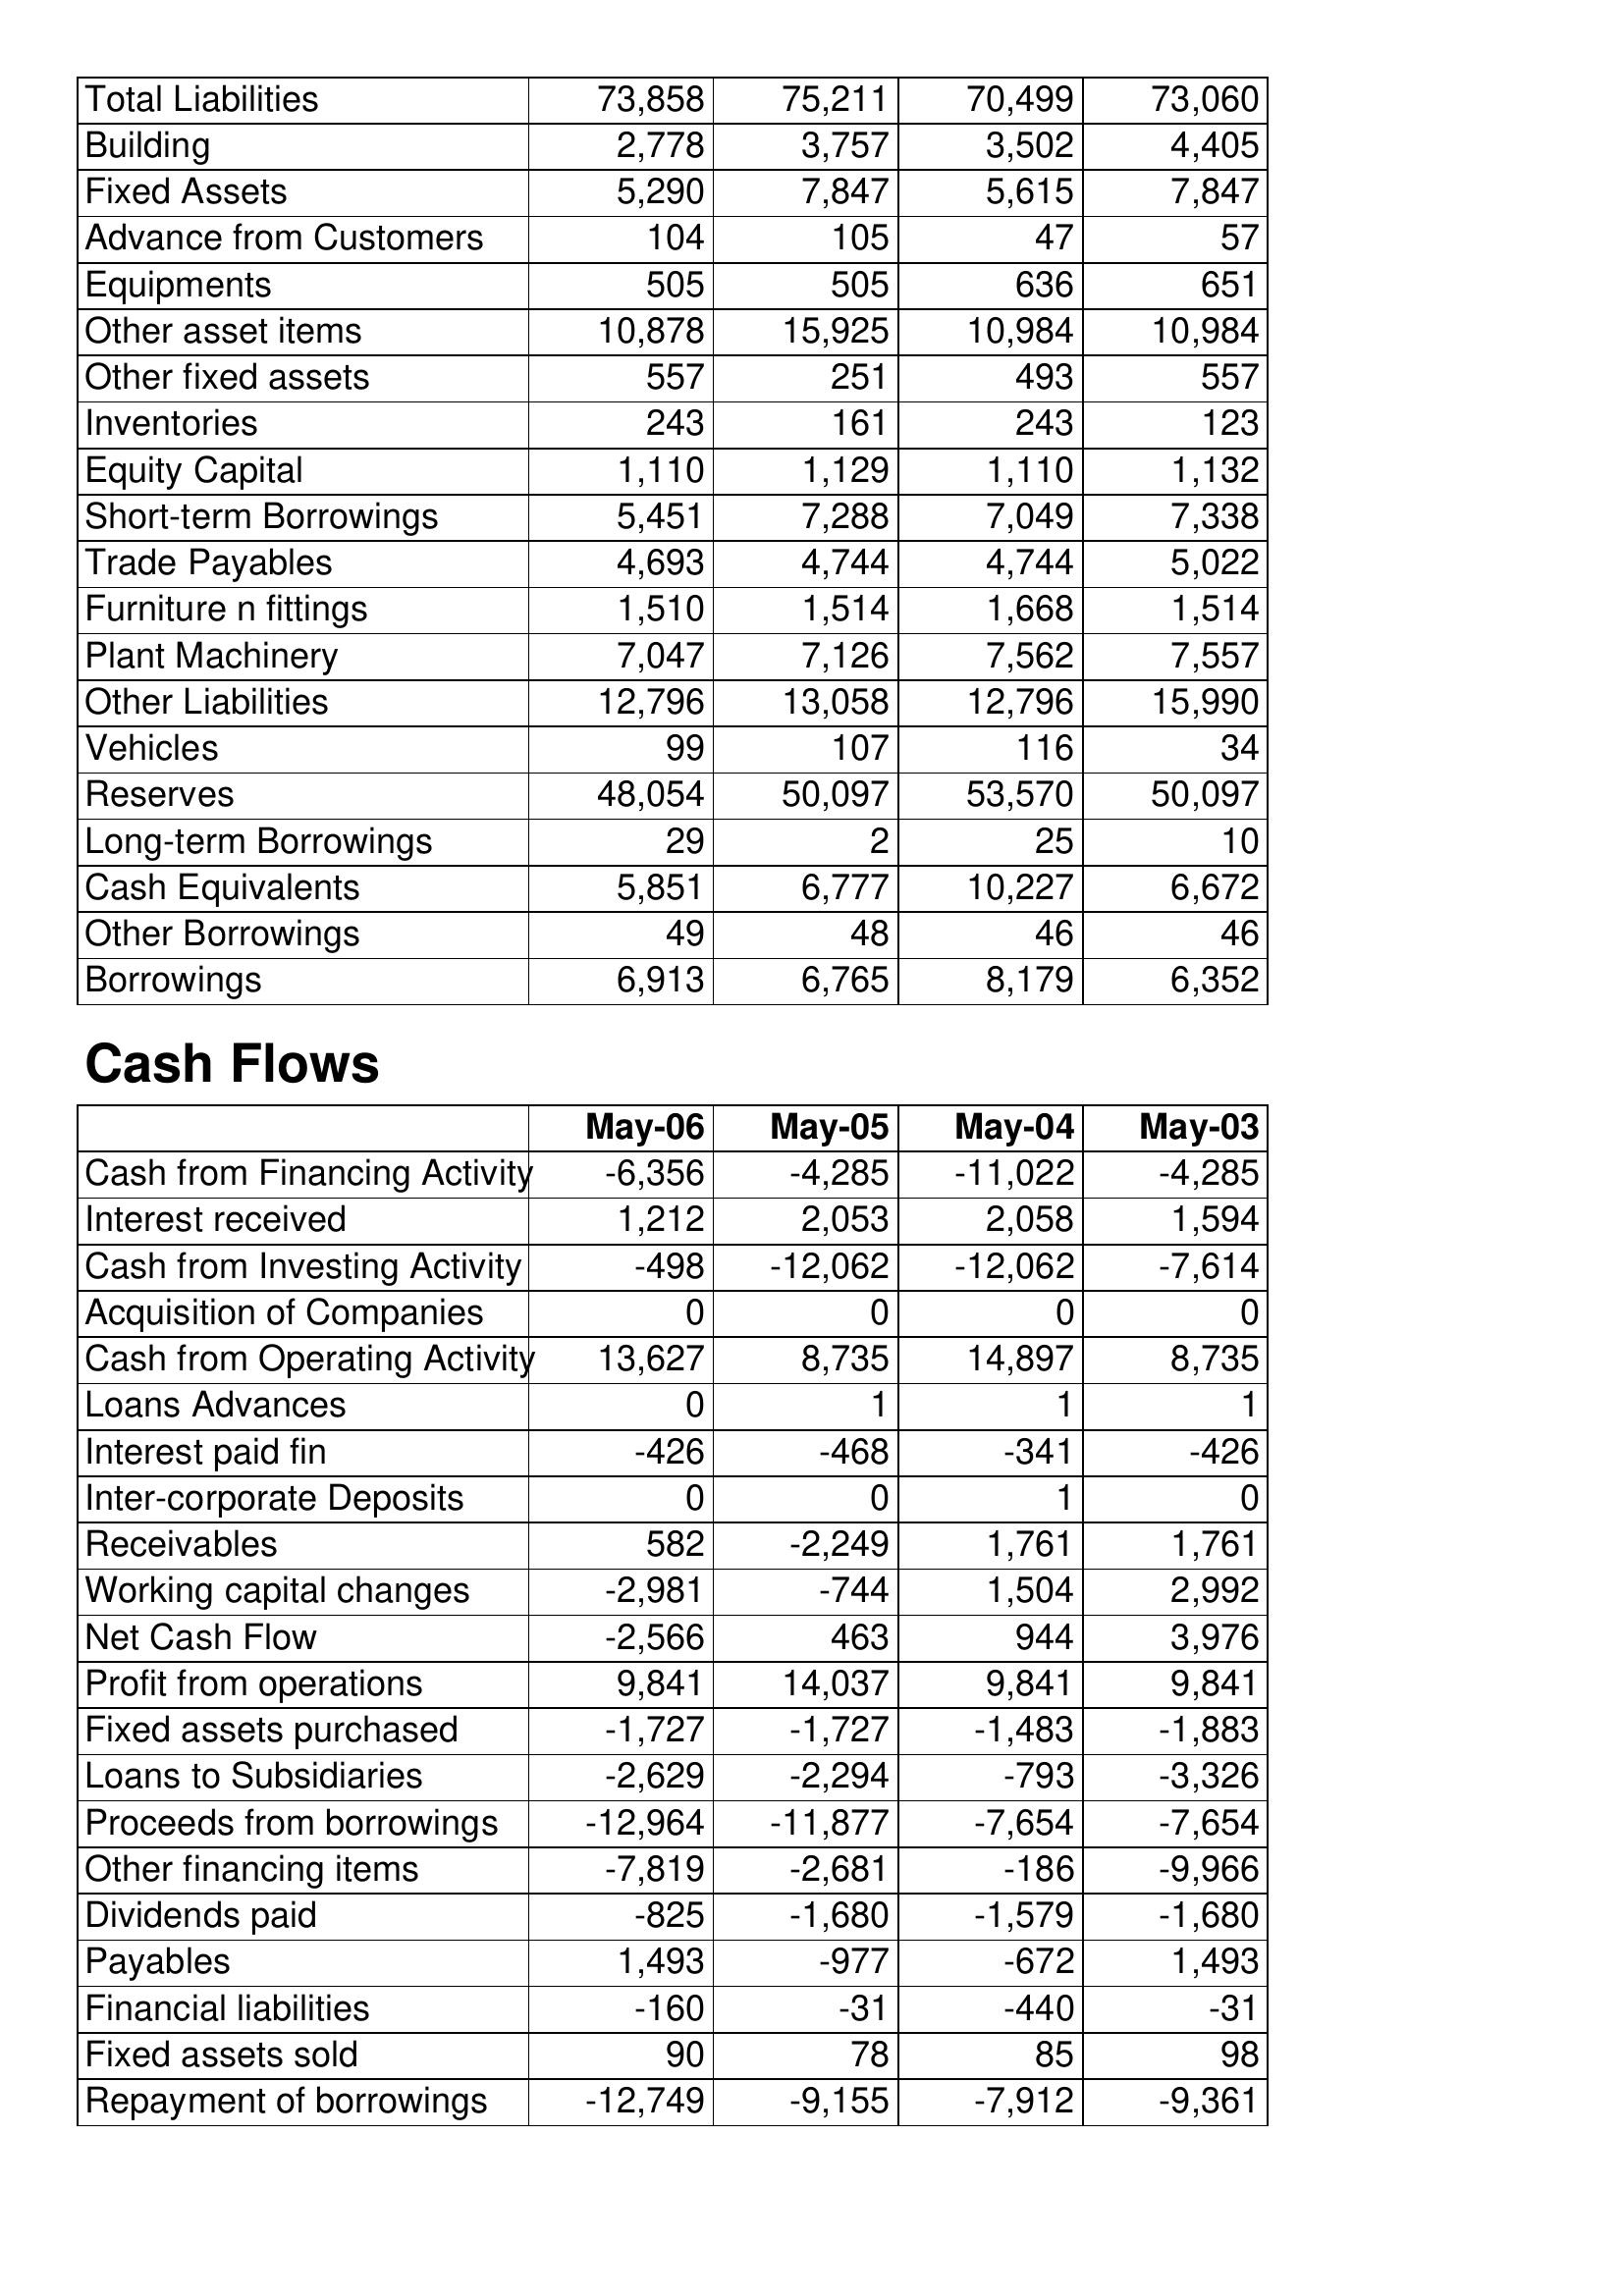
May-06: Balance Sheet: Total Liabilities: 73,858
Building: 2,778
Fixed Assets: 5,290
Advance from Customers: 104
Equipments: 505
Other asset items: 10,878
Other fixed assets: 557
Inventories: 243
Equity Capital: 1,110
Short-term Borrowings: 5,451
Trade Payables: 4,693
Furniture n fittings: 1,510
Plant Machinery: 7,047
Other Liabilities: 12,796
Vehicles: 99
Reserves: 48,054
Long-term Borrowings: 29
Cash Equivalents: 5,851
Other Borrowings: 49
Borrowings: 6,913
Cash Flows: Cash from Financing Activity: -6,356
Interest received: 1,212
Cash from Investing Activity: -498
Acquisition of Companies: 0
Cash from Operating Activity: 13,627
Loans Advances: 0
Interest paid fin: -426
Inter-corporate Deposits: 0
Receivables: 582
Working capital changes: -2,981
Net Cash Flow: -2,566
Profit from operations: 9,841
Fixed assets purchased: -1,727
Loans to Subsidiaries: -2,629
Proceeds from borrowings: -12,964
Other financing items: -7,819
Dividends paid: -825
Payables: 1,493
Financial liabilities: -160
Fixed assets sold: 90
Repayment of borrowings: -12,749
May-05: Balance Sheet: Total Liabilities: 75,211
Building: 3,757
Fixed Assets: 7,847
Advance from Customers: 105
Equipments: 505
Other asset items: 15,925
Other fixed assets: 251
Inventories: 161
Equity Capital: 1,129
Short-term Borrowings: 7,288
Trade Payables: 4,744
Furniture n fittings: 1,514
Plant Machinery: 7,126
Other Liabilities: 13,058
Vehicles: 107
Reserves: 50,097
Long-term Borrowings: 2
Cash Equivalents: 6,777
Other Borrowings: 48
Borrowings: 6,765
Cash Flows: Cash from Financing Activity: -4,285
Interest received: 2,053
Cash from Investing Activity: -12,062
Acquisition of Companies: 0
Cash from Operating Activity: 8,735
Loans Advances: 1
Interest paid fin: -468
Inter-corporate Deposits: 0
Receivables: -2,249
Working capital changes: -744
Net Cash Flow: 463
Profit from operations: 14,037
Fixed assets purchased: -1,727
Loans to Subsidiaries: -2,294
Proceeds from borrowings: -11,877
Other financing items: -2,681
Dividends paid: -1,680
Payables: -977
Financial liabilities: -31
Fixed assets sold: 78
Repayment of borrowings: -9,155
May-04: Balance Sheet: Total Liabilities: 70,499
Building: 3,502
Fixed Assets: 5,615
Advance from Customers: 47
Equipments: 636
Other asset items: 10,984
Other fixed assets: 493
Inventories: 243
Equity Capital: 1,110
Short-term Borrowings: 7,049
Trade Payables: 4,744
Furniture n fittings: 1,668
Plant Machinery: 7,562
Other Liabilities: 12,796
Vehicles: 116
Reserves: 53,570
Long-term Borrowings: 25
Cash Equivalents: 10,227
Other Borrowings: 46
Borrowings: 8,179
Cash Flows: Cash from Financing Activity: -11,022
Interest received: 2,058
Cash from Investing Activity: -12,062
Acquisition of Companies: 0
Cash from Operating Activity: 14,897
Loans Advances: 1
Interest paid fin: -341
Inter-corporate Deposits: 1
Receivables: 1,761
Working capital changes: 1,504
Net Cash Flow: 944
Profit from operations: 9,841
Fixed assets purchased: -1,483
Loans to Subsidiaries: -793
Proceeds from borrowings: -7,654
Other financing items: -186
Dividends paid: -1,579
Payables: -672
Financial liabilities: -440
Fixed assets sold: 85
Repayment of borrowings: -7,912
May-03: Balance Sheet: Total Liabilities: 73,060
Building: 4,405
Fixed Assets: 7,847
Advance from Customers: 57
Equipments: 651
Other asset items: 10,984
Other fixed assets: 557
Inventories: 123
Equity Capital: 1,132
Short-term Borrowings: 7,338
Trade Payables: 5,022
Furniture n fittings: 1,514
Plant Machinery: 7,557
Other Liabilities: 15,990
Vehicles: 34
Reserves: 50,097
Long-term Borrowings: 10
Cash Equivalents: 6,672
Other Borrowings: 46
Borrowings: 6,352
Cash Flows: Cash from Financing Activity: -4,285
Interest received: 1,594
Cash from Investing Activity: -7,614
Acquisition of Companies: 0
Cash from Operating Activity: 8,735
Loans Advances: 1
Interest paid fin: -426
Inter-corporate Deposits: 0
Receivables: 1,761
Working capital changes: 2,992
Net Cash Flow: 3,976
Profit from operations: 9,841
Fixed assets purchased: -1,883
Loans to Subsidiaries: -3,326
Proceeds from borrowings: -7,654
Other financing items: -9,966
Dividends paid: -1,680
Payables: 1,493
Financial liabilities: -31
Fixed assets sold: 98
Repayment of borrowings: -9,361